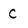
Character: C